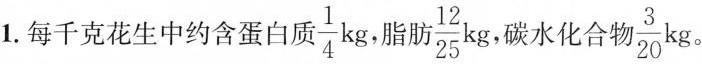
1.每千克花生中约含蛋白质。 \frac{1}{4}kg脂肪\frac{12}{25}kg，碳水化合！\frac{3}{20}kg。